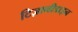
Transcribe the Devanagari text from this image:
टिज़ानीडाइन